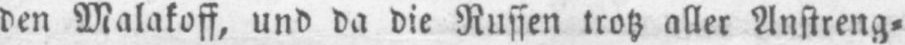
den Malakoff, und da die Russen trotz aller Anstreng⸗